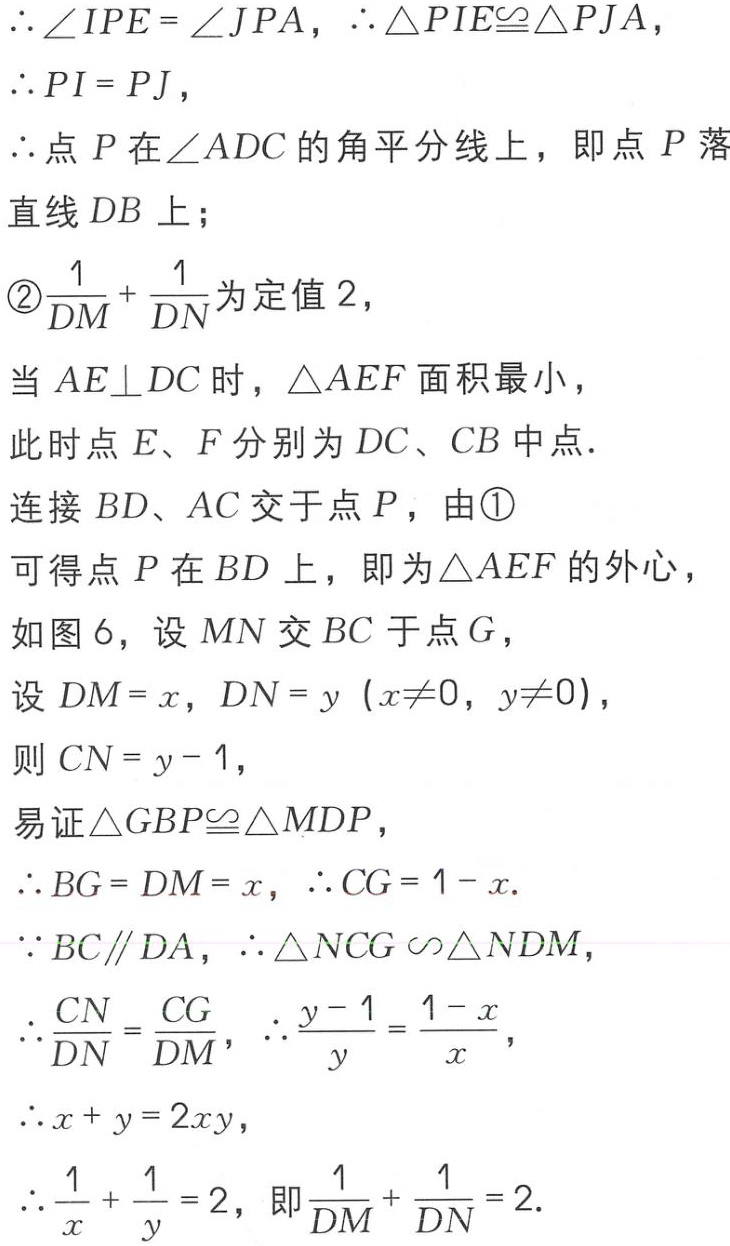
\(\therefore \angle IPE = \angle JPA,\therefore \triangle PIE\cong\triangle PJA,\)
\(\therefore PI = PJ,\)
\(\therefore\)点\(P\)在\(\angle ADC\)的角平分线上，即点\(P\)落
直线\(DB\)上；
\textcircled{2}\(\frac{1}{DM}+\frac{1}{DN}\)为定值\(2\)，
当\(AE\perp DC\)时，\(\triangle AEF\)面积最小，
此时点\(E、F\)分别为\(DC、CB\)中点.
连接\(BD、AC\)交于点\(P\)，由\textcircled{1}
可得点\(P\)在\(BD\)上，即为\(\triangle AEF\)的外心，
如图\(6\)，设\(MN\)交\(BC\)于点\(G\)，
设\(DM = x,DN = y\ (x\neq0,y\neq0)\)，
则\(CN = y - 1\)，
易证\(\triangle GBP\cong\triangle MDP\)，
\(\therefore BG = DM = x,\therefore CG = 1 - x.\)
\(\because BC\parallel DA,\therefore \triangle NCG\backsim\triangle NDM\)，
\(\therefore \frac{CN}{DN}=\frac{CG}{DM},\therefore \frac{y - 1}{y}=\frac{1 - x}{x},\)
\(\therefore x + y = 2xy,\)
\(\therefore \frac{1}{x}+\frac{1}{y}=2\)，即\(\frac{1}{DM}+\frac{1}{DN}=2.\)